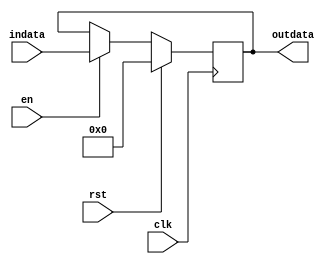
`timescale 1ns / 1ps
//////////////////////////////////////////////////////////////////////////////////
// Company: 
// Engineer: 
// 
// Design Name: 
// Module Name: Register
// Project Name: 
// Target Devices: 
// Tool Versions: 
// Description: 
// 
// Dependencies: 
// 
// Revision:
// Revision 0.01 - File Created
// Additional Comments:
// 
//////////////////////////////////////////////////////////////////////////////////


module Register
#(parameter DATA_WIDTH=32)(
    input wire clk,
    input wire rst,
    input wire en,
    input wire[(DATA_WIDTH-1):0] indata,
    output reg[(DATA_WIDTH-1):0] outdata
);
    initial begin
       outdata<=0;
    end
    
    always @ ( posedge clk) begin
        if(rst==0) begin
            if(en==1) begin //en0
                outdata = indata;
            end
        end
        else begin  //0
            outdata = 0;
        end
    end

endmodule